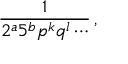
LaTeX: { \frac { 1 } { 2 ^ { a } 5 ^ { b } p ^ { k } q ^ { l } \cdots } } \, ,